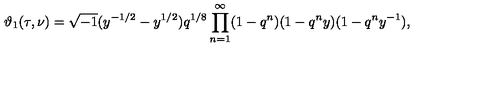
\vartheta _ { 1 } ( \tau , \nu ) = \sqrt { - 1 } ( y ^ { - 1 / 2 } - y ^ { 1 / 2 } ) q ^ { 1 / 8 } \prod _ { n = 1 } ^ { \infty } ( 1 - q ^ { n } ) ( 1 - q ^ { n } y ) ( 1 - q ^ { n } y ^ { - 1 } ) ,